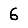
Digit: 6